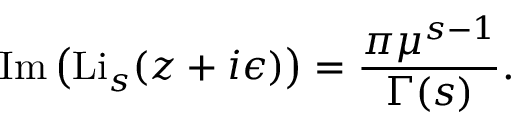
\operatorname { I m } \left( \operatorname { L i } _ { s } ( z + i \epsilon ) \right) = { \frac { \pi \mu ^ { s - 1 } } { \Gamma ( s ) } } .